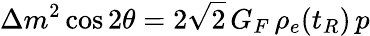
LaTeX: \Delta m^{2}\cos{2\theta}=2\sqrt{2}\, G_{F}\, \rho_{e}(t_{R})\, p